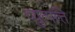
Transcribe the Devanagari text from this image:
व्य़ुत्पत्ति